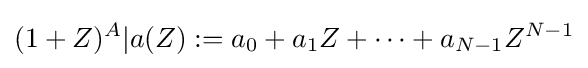
(1+Z)^{A}|a(Z):=a_{0}+a_{1}Z+\dots +a_{N-1}Z^{N-1}